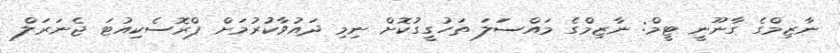
ނާޒިމްގެ ގާނޫނީ ޓީމް: ނާޒިމްގެ މައްސަަލަ ތަހުގީގުކޮށް ނިމި ދައުވާކުރުމަށް ޕްރޮސެކިއުޓަ ޖެނަރަލް